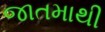
જાતમાથી